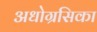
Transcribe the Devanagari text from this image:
अधोग्रसिका